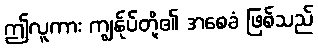
ဤလူကား ကျွန်ုပ်တို့၏ အစေခံ ဖြစ်သည်